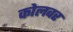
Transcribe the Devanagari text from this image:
कोलवर